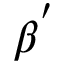
\beta ^ { ' }